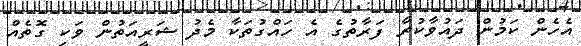
އެހެން ކަމުން ދައުވާކުރާ ފަރާތުގެ އެ ހައްގުތަކާ މެދު ޝަރީއަތުން ވަކި ގޮތެއް